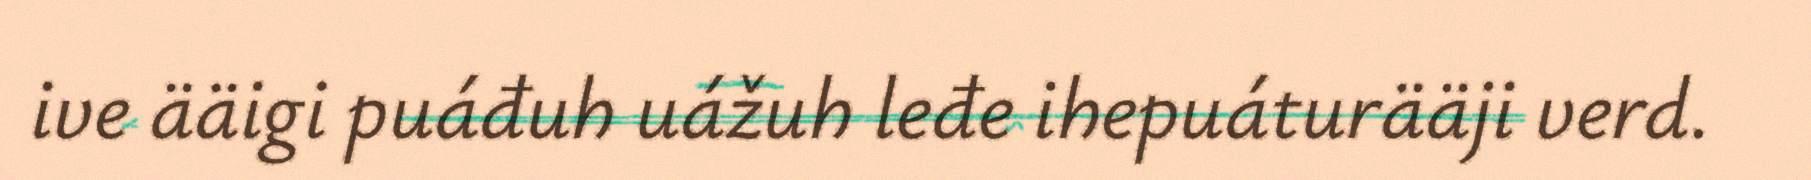
ive ääigi puáđuh uážuh leđe ihepuáturääji verd.